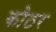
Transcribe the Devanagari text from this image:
कौठर